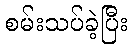
စမ်းသပ်ခဲ့ပြီး